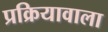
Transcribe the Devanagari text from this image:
प्रक्रियावाला